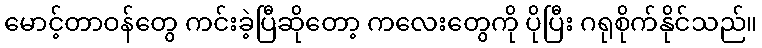
မောင့်တာဝန်တွေ ကင်းခဲ့ပြီဆိုတော့ ကလေးတွေကို ပိုပြီး ဂရုစိုက်နိုင်သည်။